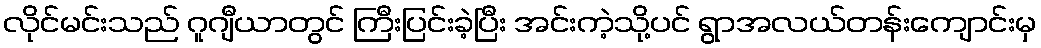
လိုင်မင်းသည် ဂူဂျီယာတွင် ကြီးပြင်းခဲ့ပြီး အင်းကဲ့သို့ပင် ရွာအလယ်တန်းကျောင်းမှ